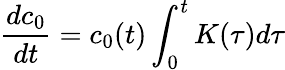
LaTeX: \frac{dc_{0}}{dt}=c_{0}(t)\int_{0}^{t}K(\tau)d\tau